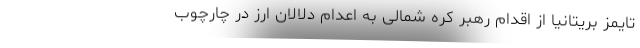
تایمز بریتانیا از اقدام رهبر کره شمالی به اعدام دلالان ارز در چارچوب